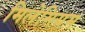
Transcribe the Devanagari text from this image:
मिलेमियम